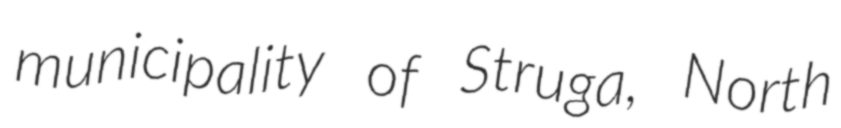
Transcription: municipality of Struga, North